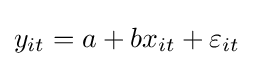
y_{it}=a+bx_{it}+\varepsilon _{it}